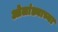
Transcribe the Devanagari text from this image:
ओलांड्याच्या